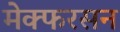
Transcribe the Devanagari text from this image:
मेक्फरसन